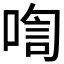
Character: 𪡡